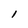
Character: l